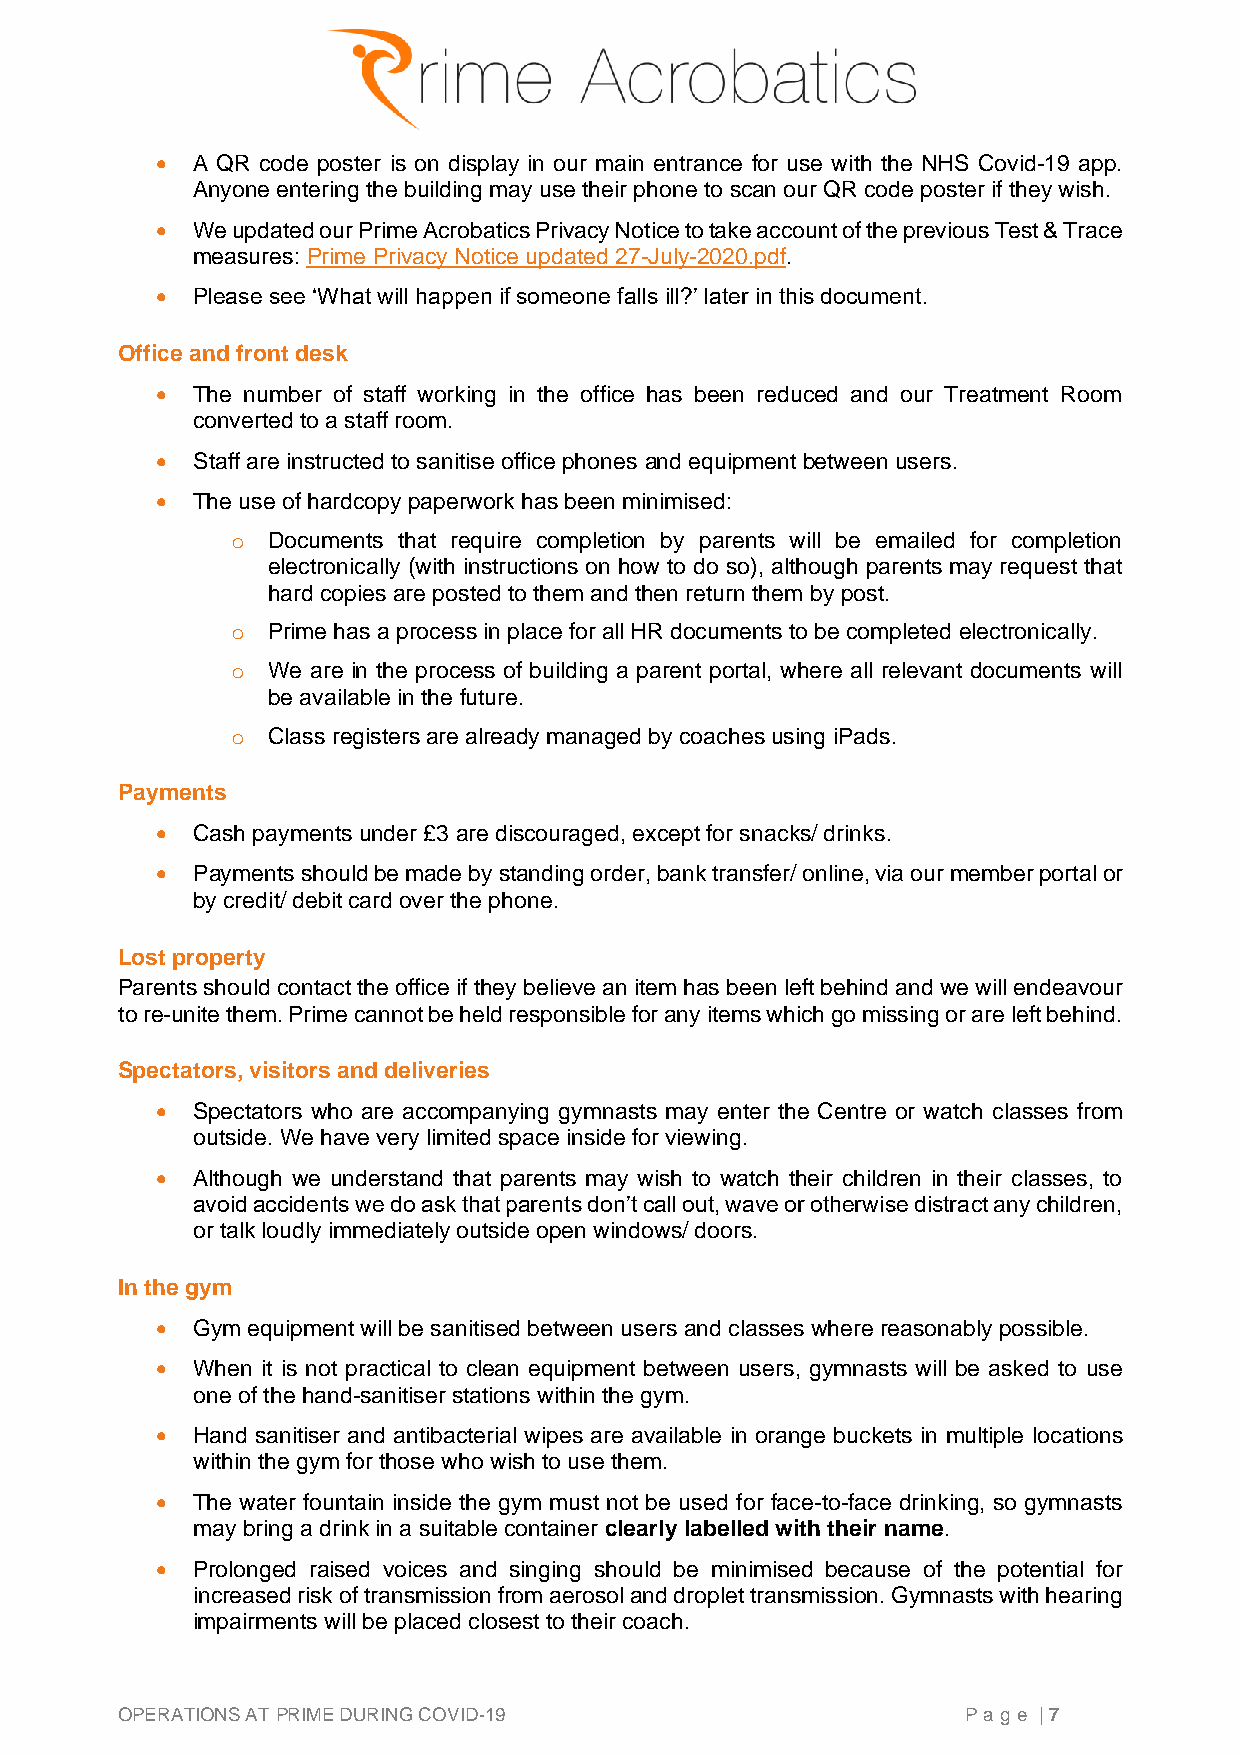
•  A QR code poster is on display in our main entrance for use with the NHS Covid-19 app.
 Anyone entering the building may use their phone to scan our QR code poster if they wish.
 •  We updated our Prime Acrobatics Privacy Notice to take account of the previous Test & Trace
 measures: Prime Privacy Notice updated 27-July-2020.pdf.
 •  Please see ‘What will happen if someone falls ill?’ later in this document.
 Office and front desk
 •  The number of staff working in the office has been reduced and our Treatment Room
 converted to a staff room.
 •  Staff are instructed to sanitise office phones and equipment between users.
 •  The use of hardcopy paperwork has been minimised:
 o  Documents that require completion by parents will be emailed for completion
 electronically (with instructions on how to do so), although parents may request that
 hard copies are posted to them and then return them by post.
 o  Prime has a process in place for all HR documents to be completed electronically.
 o  We are in the process of building a parent portal, where all relevant documents will
 be available in the future.
 o  Class registers are already managed by coaches using iPads.
 Payments
 •  Cash payments under £3 are discouraged, except for snacks/ drinks.
 •  Payments should be made by standing order, bank transfer/ online, via our member portal or
 by credit/ debit card over the phone.
 Lost property
 Parents should contact the office if they believe an item has been left behind and we will endeavour
 to re-unite them. Prime cannot be held responsible for any items which go missing or are left behind.
 Spectators, visitors and deliveries
 •  Spectators who are accompanying gymnasts may enter the Centre or watch classes from
 outside. We have very limited space inside for viewing.
 •  Although we understand that parents may wish to watch their children in their classes, to
 avoid accidents we do ask that parents don’t call out, wave or otherwise distract any children,
 or talk loudly immediately outside open windows/ doors.
 In the gym
 •  Gym equipment will be sanitised between users and classes where reasonably possible.
 •  When it is not practical to clean equipment between users, gymnasts will be asked to use
 one of the hand-sanitiser stations within the gym.
 •  Hand sanitiser and antibacterial wipes are available in orange buckets in multiple locations
 within the gym for those who wish to use them.
 •  The water fountain inside the gym must not be used for face-to-face drinking, so gymnasts
 may bring a drink in a suitable container clearly labelled with their name.
 •  Prolonged raised voices and singing should be minimised because of the potential for
 increased risk of transmission from aerosol and droplet transmission. Gymnasts with hearing
 impairments will be placed closest to their coach.
 OPERATIONS AT PRIME DURING COVID-19                     Page | 7